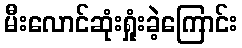
မီးလောင်ဆုံးရှုံးခဲ့ကြောင်း